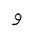
Letter: _waw